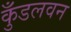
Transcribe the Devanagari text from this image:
कुँडलवन